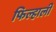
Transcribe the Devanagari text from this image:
फिल्हाली